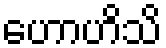
ဟောဟိသိ